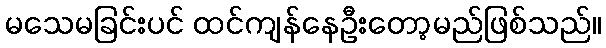
မသေမခြင်းပင် ထင်ကျန်နေဦးတော့မည်ဖြစ်သည်။